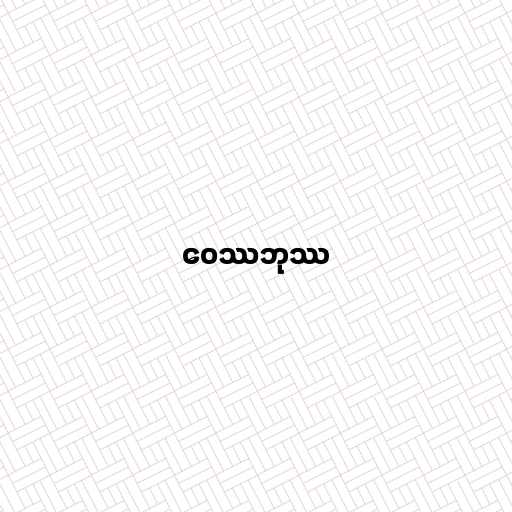
ဝေဿဘုဿ